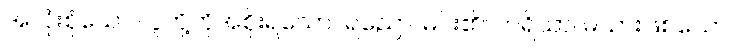
အလုံးစုံသော လူတို့ကိုအစိုးရသော။ ရညော၊ မင်း၏။ ဘရိယာ၊ မယားဖြစ်သော။